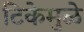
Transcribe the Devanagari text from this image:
टिकेमुळे